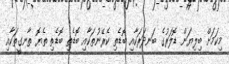
މިކަމަށް ބިލިޔަން ޑޮލަރުގެ ބަނދަރަކާއި ބޮޑެތި ކެރޭނުތަކާއި ބޮޑެތި ބޮޑެތި ތެޔޮ ތާނގީތަކާއި